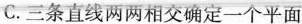
C. 三条直线两两相交确定一个平面